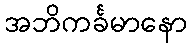
အဘိကင်္ခမာနော